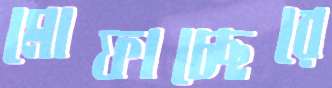
মোফাচ্ছেরে